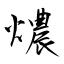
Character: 燶